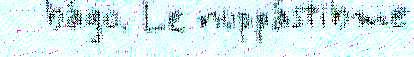
bágo. Le nuppástibme